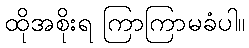
ထိုအစိုးရ ကြာကြာမခံပါ။